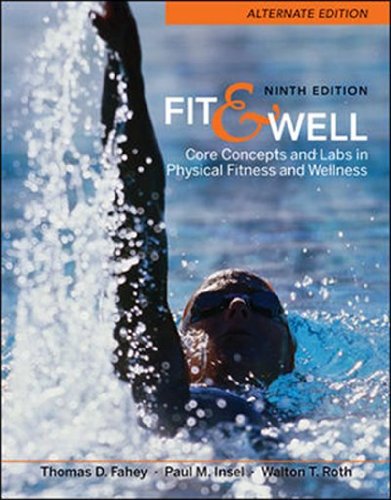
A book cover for Fit & Well  Alternate Edition: Core Concepts and Labs in Physical Fitness and Wellness; Thomas Fahey; Health, Fitness & Dieting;